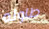
طاوله